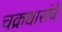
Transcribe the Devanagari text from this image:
चक्रधारांचे